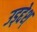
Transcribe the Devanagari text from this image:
उड्द्देश्